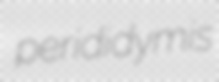
perididymis